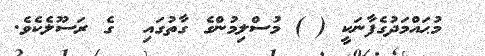
މުޙައްމަދުގެފާނަކީ ( ) މުސްލިމުންގެ ގާތުގައި  ގެ ރަސޫލެކެވެ.